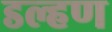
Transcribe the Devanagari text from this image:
डल्हण